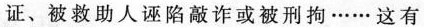
证、被救助人诬陷敲诈或被刑拘……这有